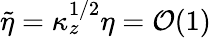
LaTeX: \widetilde{\eta}=\kappa_{z}^{1/2}\eta=\mathcal{O}(1)